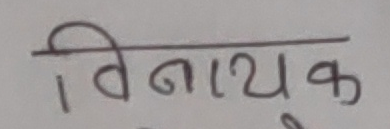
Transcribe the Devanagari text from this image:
विनायक